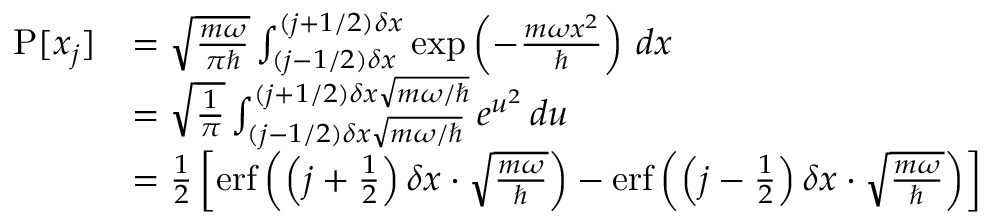
{ \begin{array} { r l } { \operatorname { P } [ x _ { j } ] } & { = { \sqrt { \frac { m \omega } { \pi \hbar } } } \int _ { ( j - 1 / 2 ) \delta x } ^ { ( j + 1 / 2 ) \delta x } \exp \left( - { \frac { m \omega x ^ { 2 } } { \hbar } } \right) \, d x } \\ & { = { \sqrt { \frac { 1 } { \pi } } } \int _ { ( j - 1 / 2 ) \delta x { \sqrt { m \omega / \hbar } } } ^ { ( j + 1 / 2 ) \delta x { \sqrt { m \omega / \hbar } } } e ^ { u ^ { 2 } } \, d u } \\ & { = { \frac { 1 } { 2 } } \left[ \operatorname { e r f } \left( \left( j + { \frac { 1 } { 2 } } \right) \delta x \cdot { \sqrt { \frac { m \omega } { \hbar } } } \right) - \operatorname { e r f } \left( \left( j - { \frac { 1 } { 2 } } \right) \delta x \cdot { \sqrt { \frac { m \omega } { \hbar } } } \right) \right] } \end{array} }